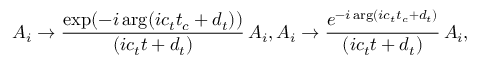
A _ { i } \rightarrow { \frac { \exp ( - i \arg ( i c _ { t } t _ { c } + d _ { t } ) ) } { ( i c _ { t } t + d _ { t } ) } } \, A _ { i } , A _ { i } \rightarrow { \frac { e ^ { - i \arg ( i c _ { t } t _ { c } + d _ { t } ) } } { ( i c _ { t } t + d _ { t } ) } } \, A _ { i } ,